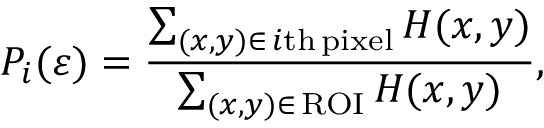
P _ { i } ( \varepsilon ) = \frac { \sum _ { ( x , y ) \in \, i \mathrm { t h } \, \mathrm { p i x e l } } H ( x , y ) } { \sum _ { ( x , y ) \in \, \mathrm { R O I } } H ( x , y ) } ,